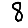
Digit: 8